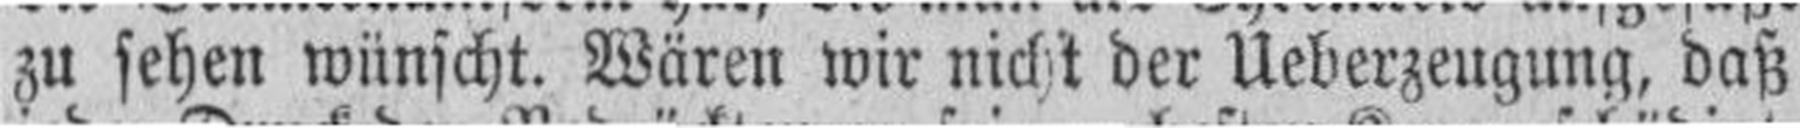
zu sehen wünscht. Wären wir nicht der Ueberzeugung, daß